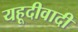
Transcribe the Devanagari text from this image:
यहूदीवादी